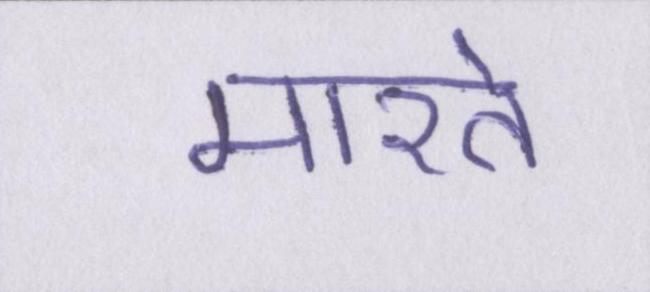
मारते